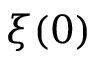
\xi ( 0 )